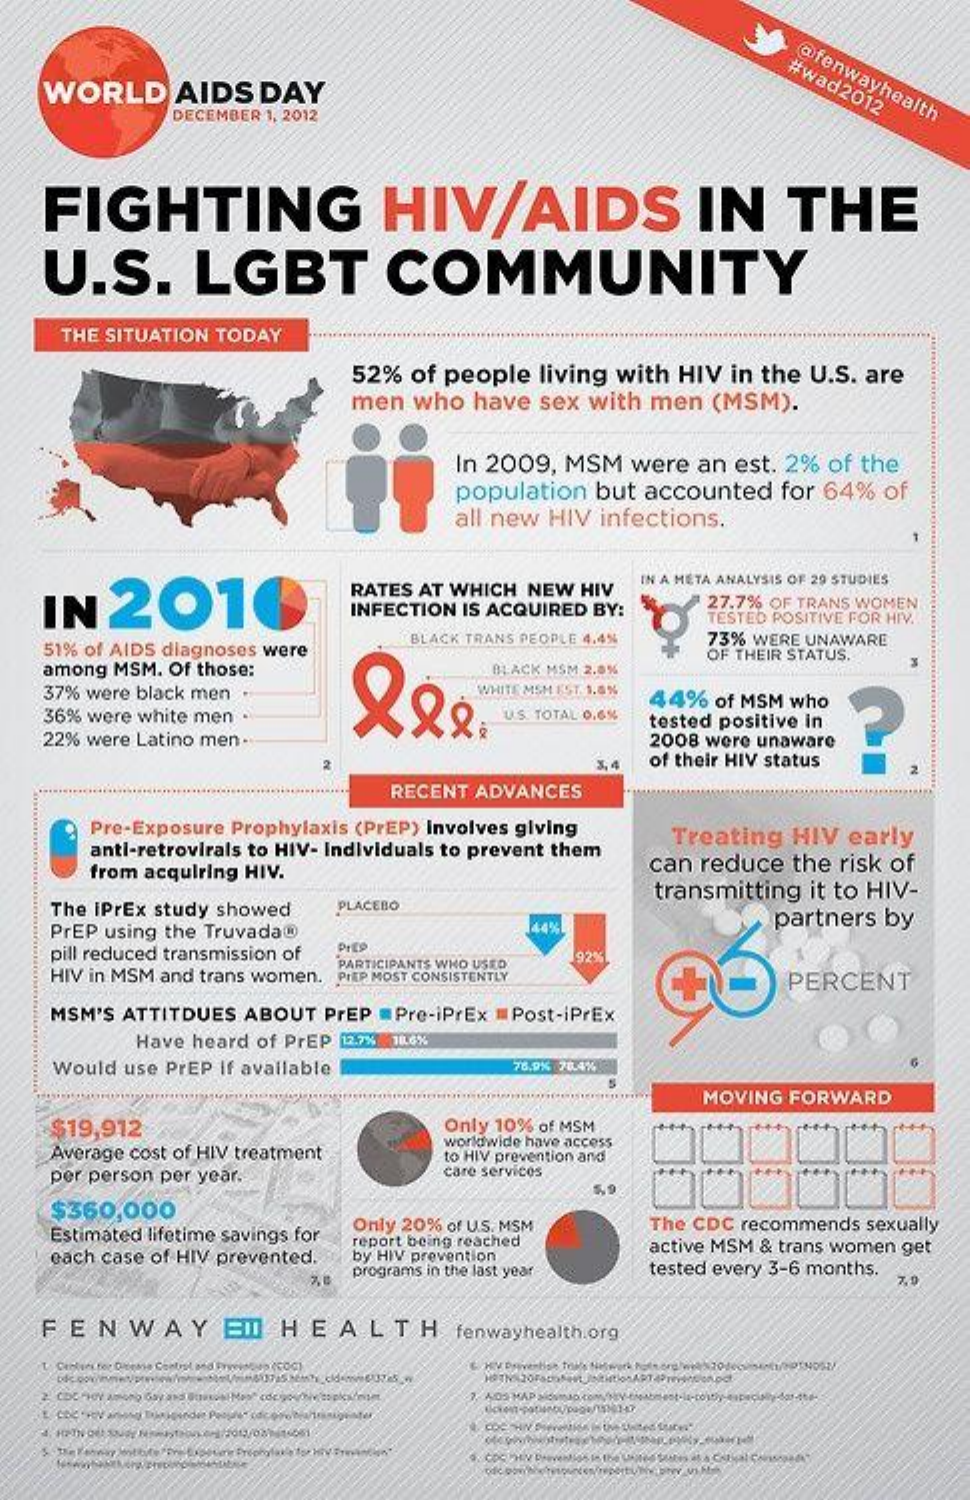
@fenwayhealth #wad2012 WORLD AIDS DAY
     DECEMBER 1, 2012
   FIGHTING    HIV/AIDS    IN    THE
   U.S.    LGBT    COMMUNITY
    THE SITUATION TODAY
     52% of people living with HIV in the U.S. are
     men who have sex with men (MSM).
     In 2009, MSM were an est. 2% of the
     population but accounted for 64% of
     all new HIV infections.
   IN  2014
     RATES AT WHICH NEW HIV
     IN A META ANALYSIS OF 29 STUDIES
     INFECTION IS ACQUIRED BY: 27.7% OF TRANS WOMEN
     TESTED POSITIVE FOR HIV.
   51% of AIDS diagnoses were
     BLACK TRANS PEOPLE 4.4% 73% WERE UNAWARE
   among MSM. Of those:    BLACK MSM 2.8%
     OF THEIR STATUS.
   37% were black men
   36% were white men    U.S. TOTAL 0.6%
     44% of MSM who
   22% were Latino men-
     tested positive in
     2008 were unaware
     of their HIV status
     RECENT ADVANCES
     Pre-Exposure Prophylaxis (PrEP) Involves giving
     anti-retrovirals to HIV- Individuals to prevent them
     Treating HIV early
     from acquiring HIV.    can reduce the risk of
   The iPrEx study showed
     transmitting it to HIV-
     PLACEBO
   PrEP using the Truvada@    144%
     partners by
   pill reduced transmission of PrE9
     PARTICIPANTS WHO USED
     92%
   HIV in MSM and trans women. PIEP MOST CONSISTENTLY PERCENT
   MSM'S ATTITDUES ABOUT PrEP = Pre-IPrEx Post-iPrEx
     Have heard of PrEP 12.7% 11L6%
    Would use PrEP If available 76.9% 78.4%
     MOVING FORWARD
   $19,912    Only 10% of MSM
   Average cost of HIV treatment
     worldwide have access
     to HIV prevention and
   per person per year.   care services
   $360,000
   Estimated lifetime savings for
     Only 20% of U.S. MSM The CDC recommends sexually
   each case of HIV prevented.
     report being reached
     by HIV prevention
     active MSM & trans women get
     programs in the last year tested every 3-6 months.
     7.9
   FENWAY    EIL HEALTH   fenwayhealth.org